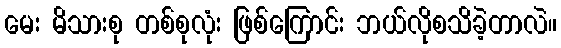
မေး မိသားစု တစ်စုလုံး ဖြစ်ကြောင်း ဘယ်လိုစသိခဲ့တာလဲ။